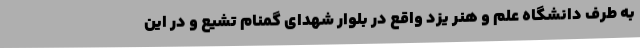
به طرف دانشگاه علم و هنر یزد واقع در بلوار شهدای گمنام تشیع و در این